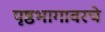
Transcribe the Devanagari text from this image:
पृष्ठभागावरचे